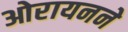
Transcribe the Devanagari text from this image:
ओरायनने